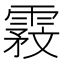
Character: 𬰇